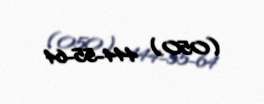
(050) 444-55-64